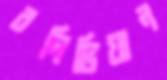
বলিভিয়ান